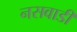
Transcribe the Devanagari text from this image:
नसवाडी